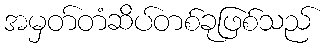
အမှတ်တံဆိပ်တစ်ခုဖြစ်သည်